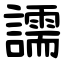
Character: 譳